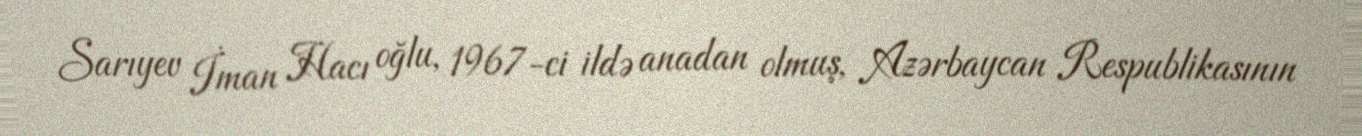
Sarıyev İman Hacı oğlu, 1967-ci ildə anadan olmuş, Azərbaycan Respublikasının